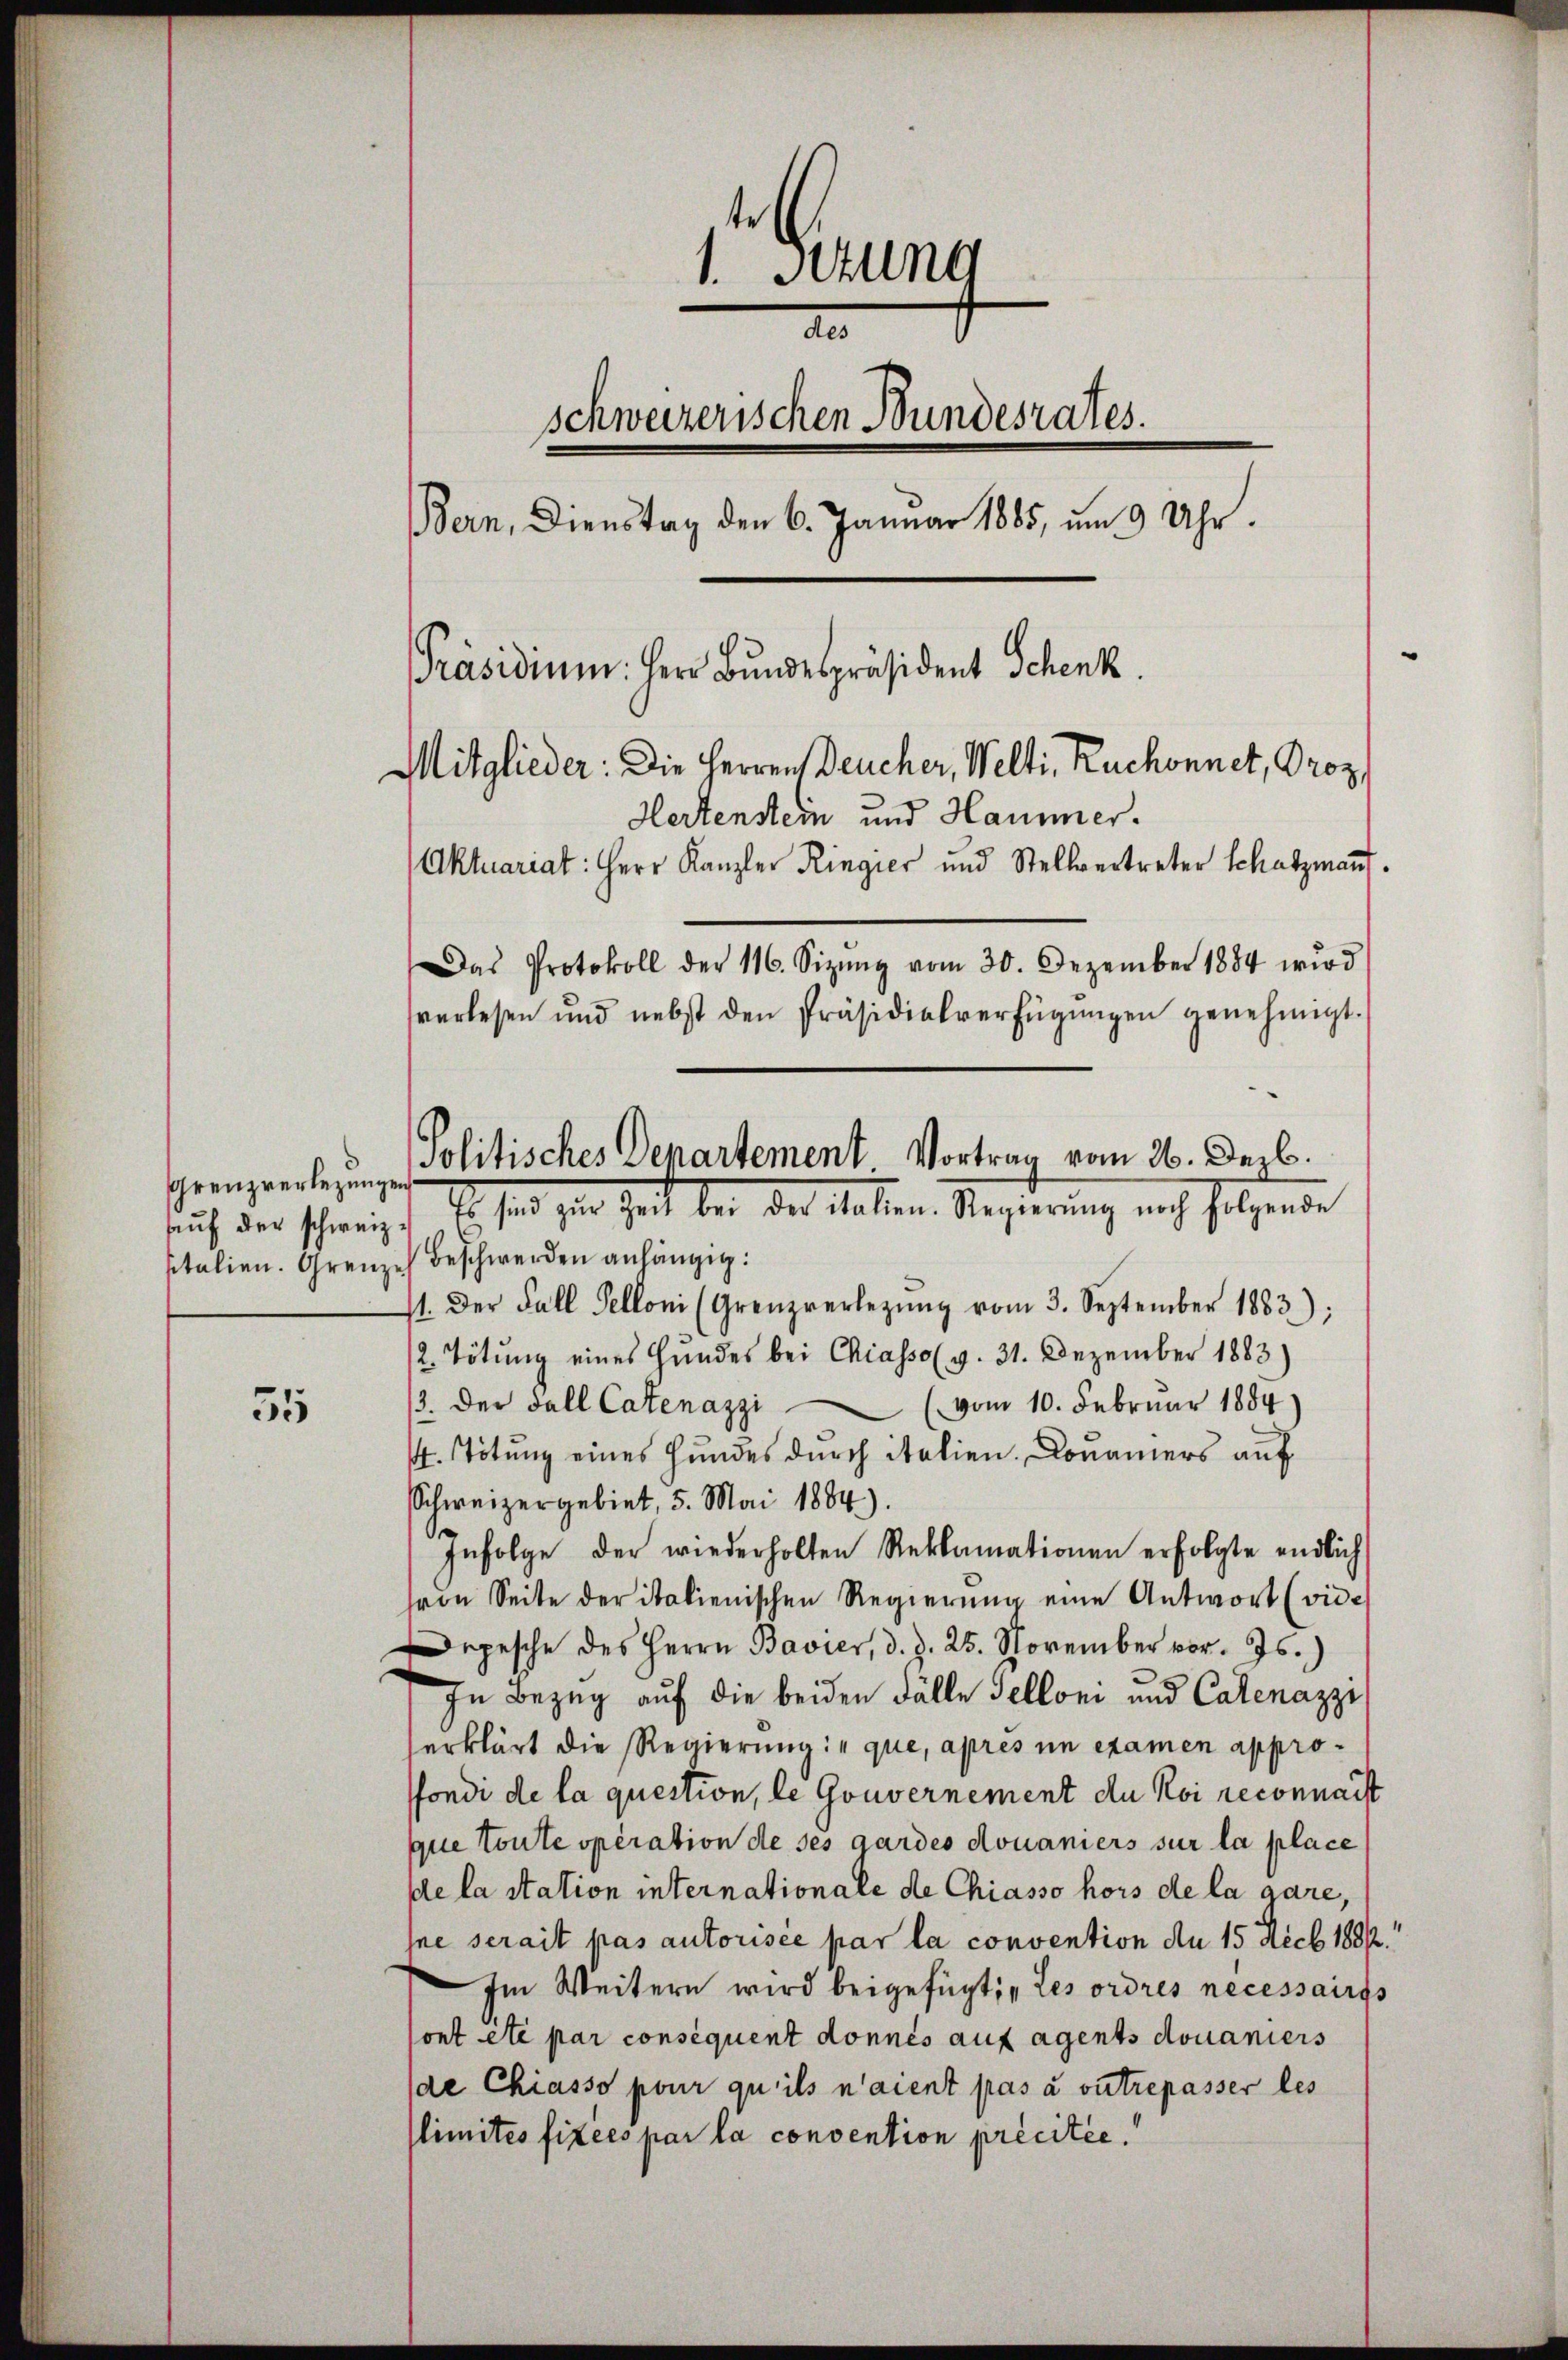
Grenzverlegunge
auf der schweiz.
sitalien. Grenz

55

1. Sitzung
A
schweizerischen Bundesrates.
Bern, Dienstag den 6. Januar 1885, um 9 Uhr.
Präsidium. Herr Bundespräsident Schenk.
Mitglieder: Die Herren Deucher, Welti, Ruchonnet, Proz.
Hertenstein und Hammer.
Aktuariat: Herr Kanzler Ringier und Stellvertreter Schatzmann.
Das Protokoll der 116. Sizŭng vom 30. Dezember 1884 wird
verlesen und nebst den Präsidialverfügŭngen genehmigt.

Politisches Departement Vortrag vom 26. Dezb.
Es seit zur Zeit bei der Taten. Regierung noch folgende

Beschwerden anhängig.
71. Der Fall Selloni (Grenzverlegŭng vom 3. September 1883);
2. Tötung eines Hundes bei Chiasso (v. 31. Dezember 1883)
3. Der Fall Catenazzi (vom 10. Februar 1884
. Tötung eines Hundes durch italien. Donauers auf
Schweizergebiet, 5. Mai 1884)
Infolge der wiederholten Reklamationen erfolgte endlich
ron Seite der italienischen Regierŭng eine Antwort (vide
epesche des Herrn Bavier, d. d. 25. November vor. Js.)
In Bezug auf die beiden Fälle Telloni und Calenazzi
erklärt die Regierung: „que, après um examen approfondi de la question, le Gouvernement du Koi reconnaist
que toute opération de ses gardes douaniers sur la place
de la station internationale de Chiasso hors de la gare,
sne serait pas autorisée par la convention an 15 Decb 1882.
Im Weitern wird beigefügt: „Les ordres necessaires
sont été par conséquent donnés auf agents douaniers
de Chiasso pour qu’ils n’aient pas à outrepasser les
limites fixées par la convention précitée.